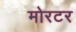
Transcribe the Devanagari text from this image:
मोरटर